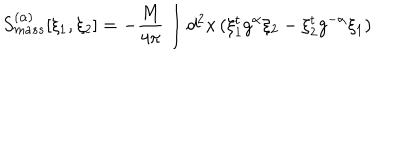
LaTeX: S _ { m a s s } ^ { ( \alpha ) } [ \xi _ { 1 } , \xi _ { 2 } ] = - \frac { M } { 4 \pi } \int d ^ { 2 } x \, ( \xi _ { 1 } ^ { t } g ^ { \alpha } \xi _ { 2 } - \xi _ { 2 } ^ { t } g ^ { - \alpha } \xi _ { 1 } )